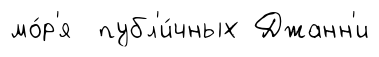
мо́р'я публ'и́чных Джанн'и